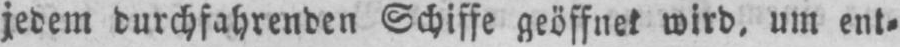
jedem durchfahrenden Schiffe geöffnet wird, um ent⸗